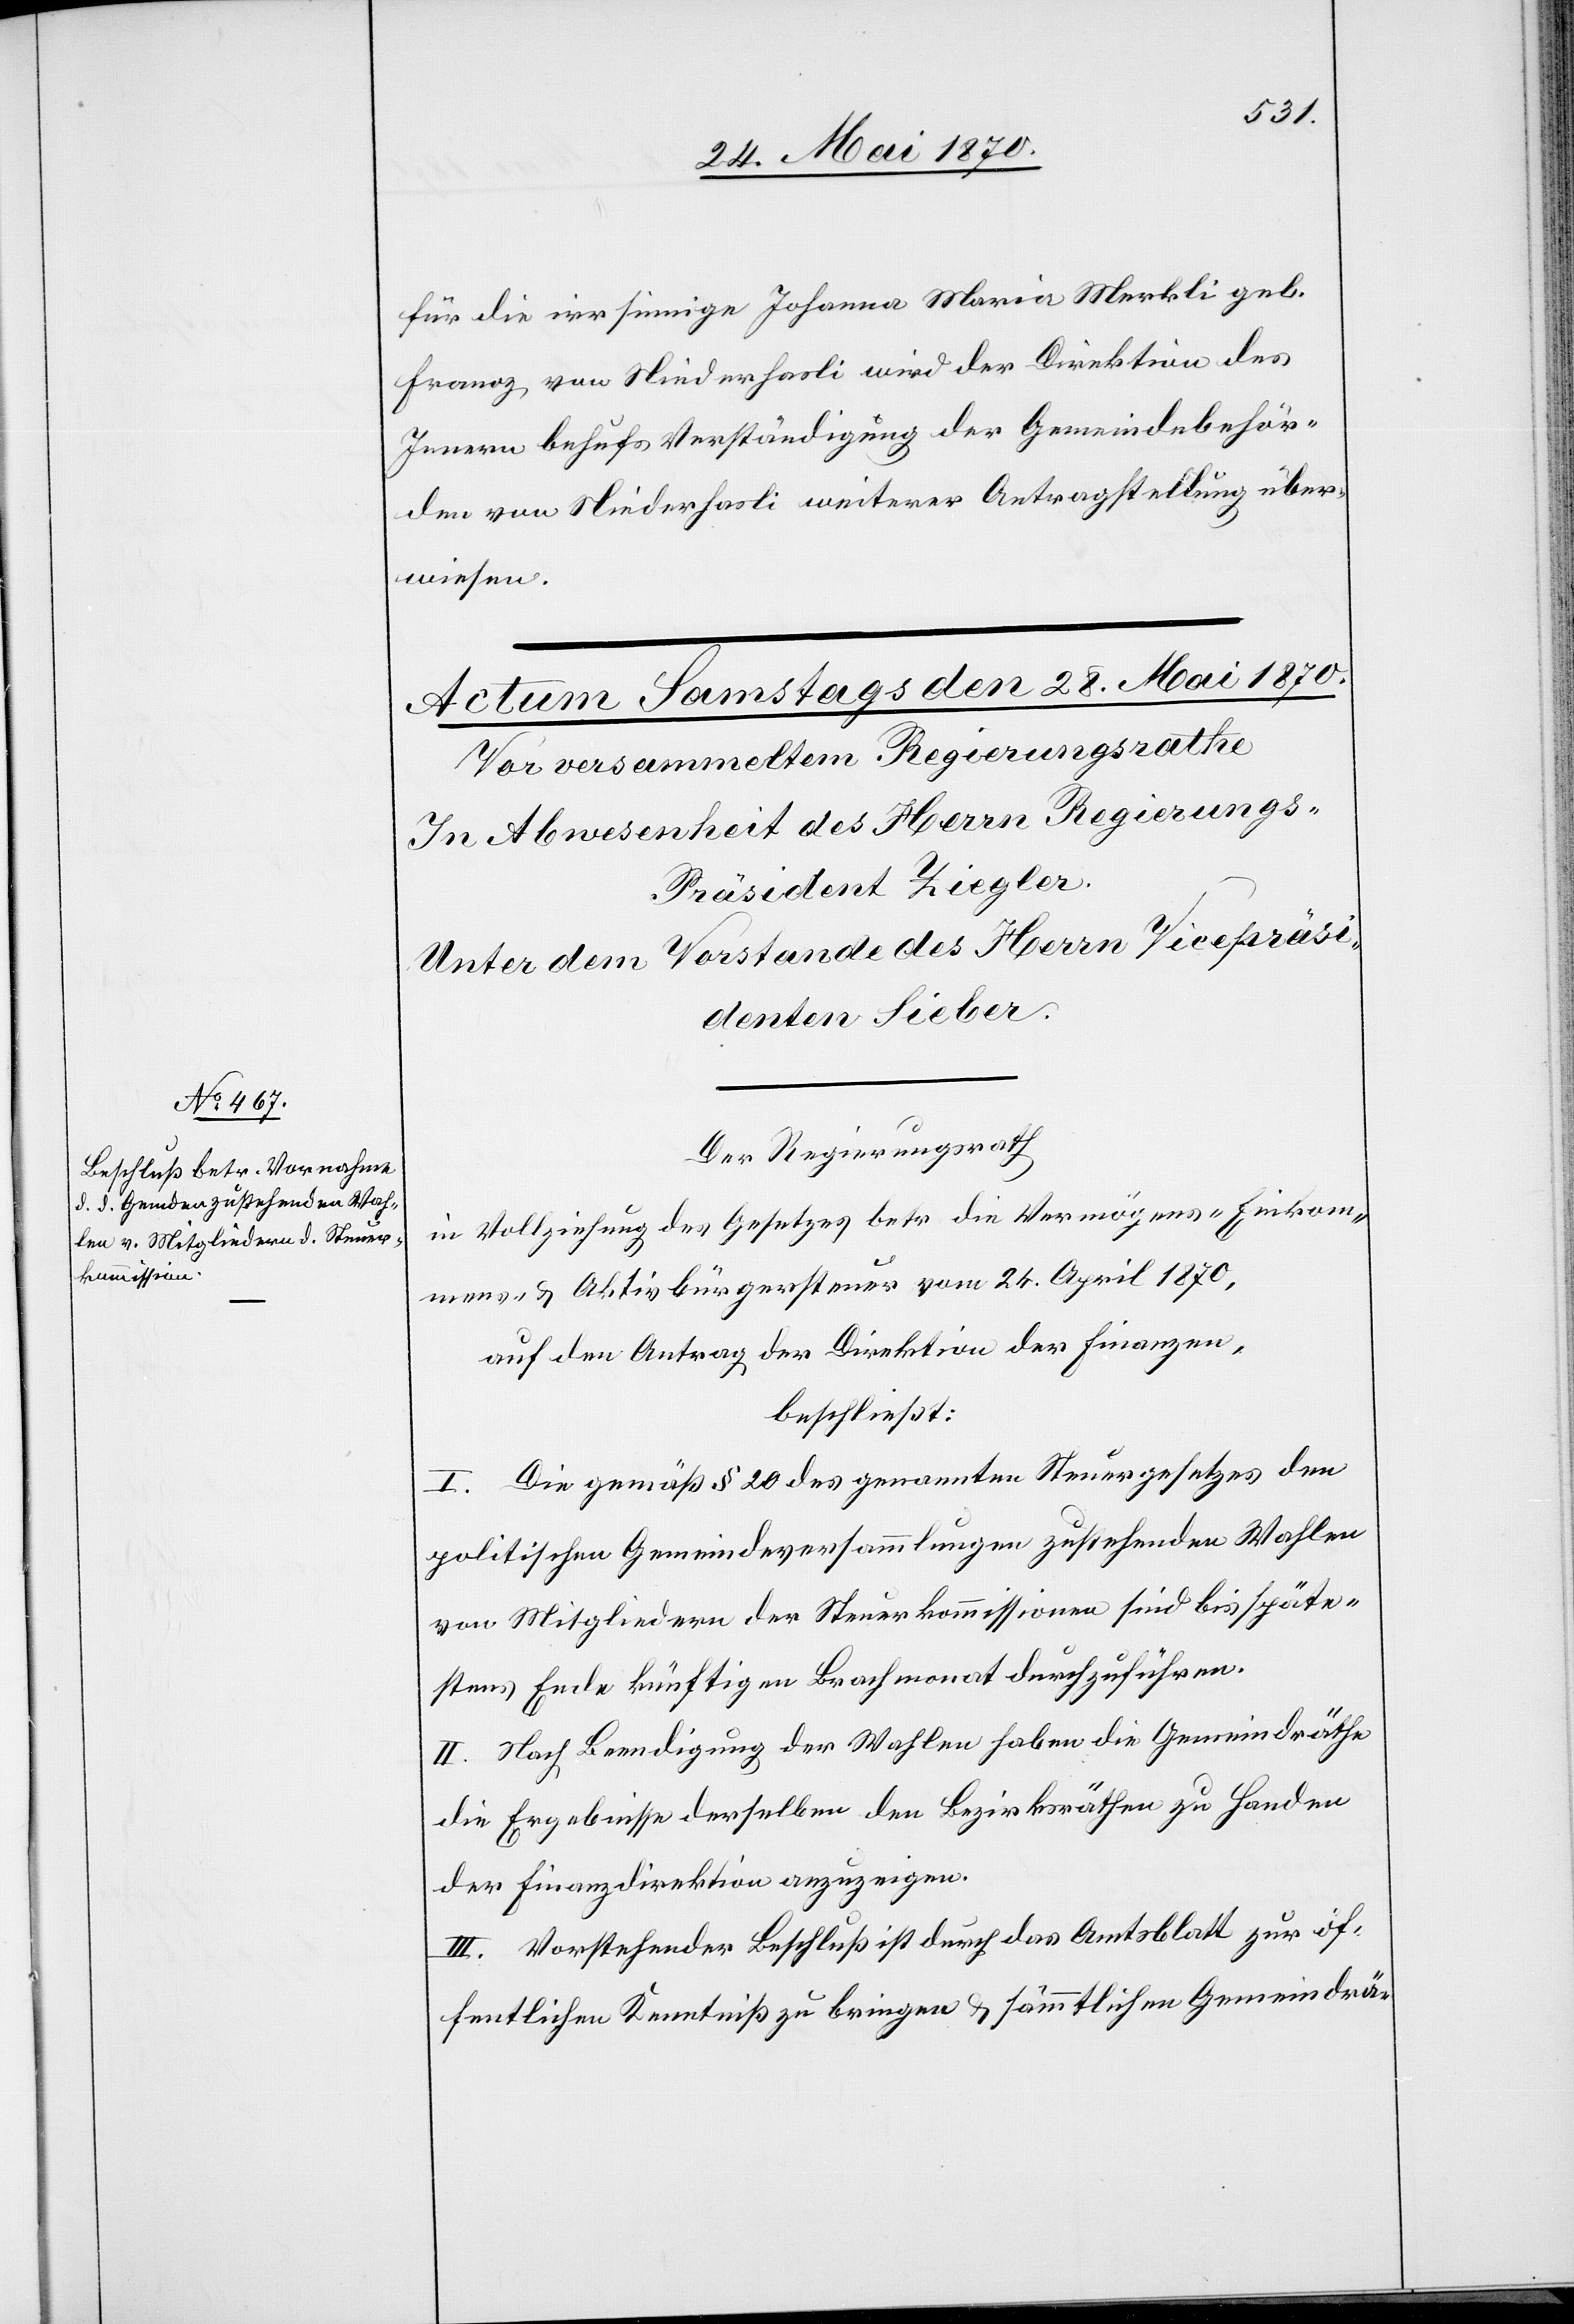
für die irrsinnige Johanna Maria Merkli geb.
Franoz von Niederhasli wird der Direktion des
Innern behufs Verständigung der Gemeindebehör¬
den von Niederhasli weiterer Antragstellung über¬
wiesen.
Der Regierungsrath
in Vollziehung des Gesetzes betr[.] die Vermögens-[,] Einkom¬
mens- & Aktivbürgersteuer vom 24. April 1870,
auf den Antrag der Direktion der Finanzen,
beschließt:
I. Die gemäß § 20 des genannten Steuergesetzes den
politischen Gemeindeversammlungen zustehenden Wahlen
von Mitgliedern der Steuerkommissionen sind bis späte¬
stens Ende künftigen Brachmonat durchzuführen.
II. Nach Beendigung der Wahlen haben die Gemeindräthe
die Ergebnisse derselben den Bezirksräthen zu Handen
der Finanzdirektion anzuzeigen.
III. Vorstehender Beschluß ist durch das Amtsblatt zur öf¬
fentlichen Kenntniß zu bringen & sämmtlichen Gemeindrä-